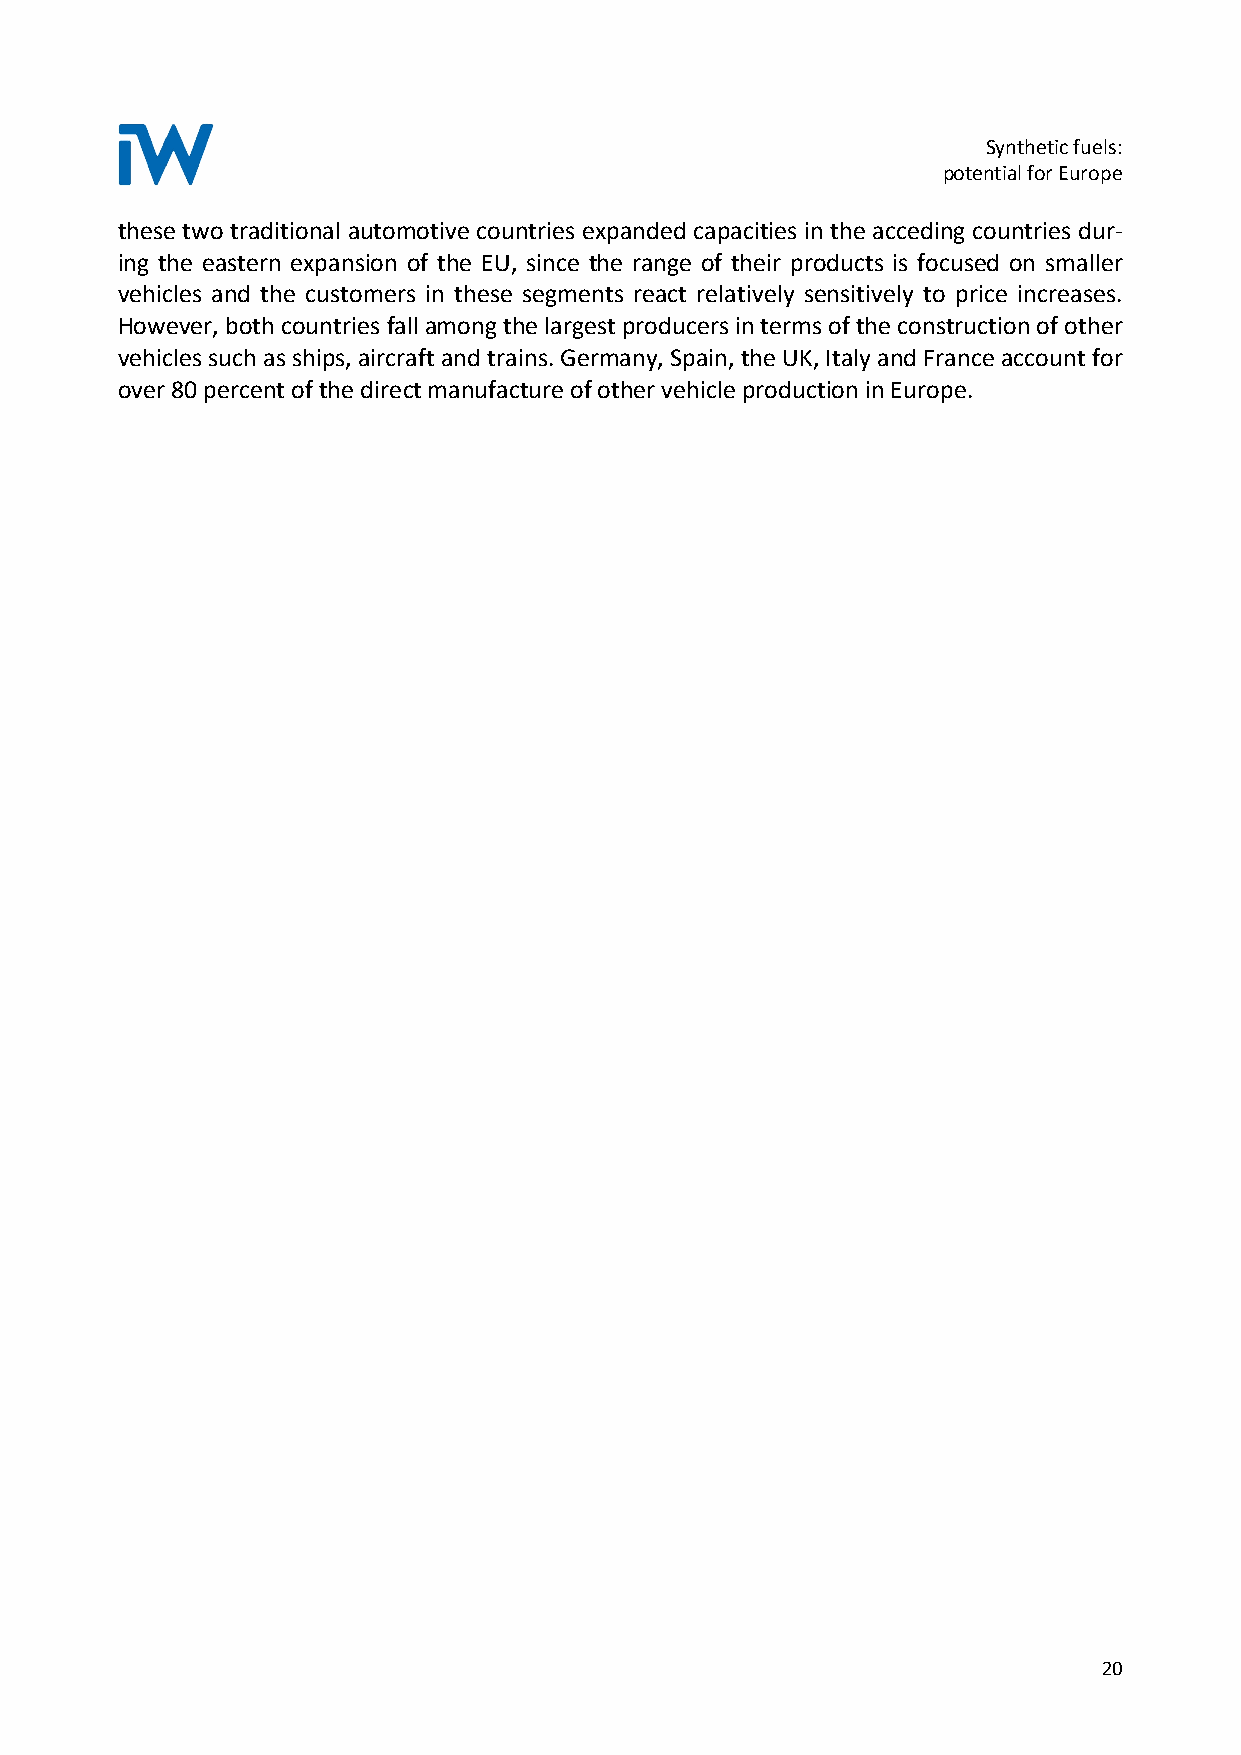
Synthetic fuels:
 potential for Europe
 these two traditional automotive countries expanded capacities in the acceding countries dur-
 ing the eastern expansion of the EU, since the range of their products is focused on smaller
 vehicles and the customers in these segments react relatively sensitively to price increases.
 However, both countries fall among the largest producers in terms of the construction of other
 vehicles such as ships, aircraft and trains. Germany, Spain, the UK, Italy and France account for
 over 80 percent of the direct manufacture of other vehicle production in Europe.
 20